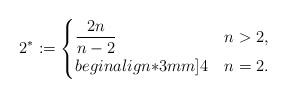
LaTeX: \begin{align*} 2^*:=\begin{cases} \displaystyle{\frac{2n}{n-2}} & n>2,\\begin{align*}3mm] 4 & n=2.\end{cases} \end{align*}